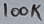
Text: 100K